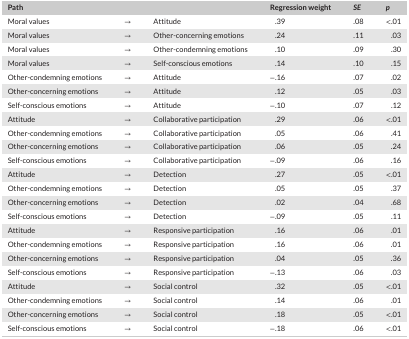
<table><thead><tr><td><b>Path</b></td><td></td><td></td><td><b>Regression weight</b></td><td><b><i>SE</i></b></td><td><b><i>p</i></b></td></tr></thead><tbody><tr><td>Moral values</td><td>→</td><td>Attitude</td><td>.39</td><td>.08</td><td>&lt;.01</td></tr><tr><td>Moral values</td><td>→</td><td>Other‐concerning emotions</td><td>.24</td><td>.11</td><td>.03</td></tr><tr><td>Moral values</td><td>→</td><td>Other‐condemning emotions</td><td>.10</td><td>.09</td><td>.30</td></tr><tr><td>Moral values</td><td>→</td><td>Self‐conscious emotions</td><td>.14</td><td>.10</td><td>.15</td></tr><tr><td>Other‐condemning emotions</td><td>→</td><td>Attitude</td><td>−.16</td><td>.07</td><td>.02</td></tr><tr><td>Other‐concerning emotions</td><td>→</td><td>Attitude</td><td>.12</td><td>.05</td><td>.03</td></tr><tr><td>Self‐conscious emotions</td><td>→</td><td>Attitude</td><td>−.10</td><td>.07</td><td>.12</td></tr><tr><td>Attitude</td><td>→</td><td>Collaborative participation</td><td>.29</td><td>.06</td><td>&lt;.01</td></tr><tr><td>Other‐condemning emotions</td><td>→</td><td>Collaborative participation</td><td>.05</td><td>.06</td><td>.41</td></tr><tr><td>Other‐concerning emotions</td><td>→</td><td>Collaborative participation</td><td>.06</td><td>.05</td><td>.24</td></tr><tr><td>Self‐conscious emotions</td><td>→</td><td>Collaborative participation</td><td>−.09</td><td>.06</td><td>.16</td></tr><tr><td>Attitude</td><td>→</td><td>Detection</td><td>.27</td><td>.05</td><td>&lt;.01</td></tr><tr><td>Other‐condemning emotions</td><td>→</td><td>Detection</td><td>.05</td><td>.05</td><td>.37</td></tr><tr><td>Other‐concerning emotions</td><td>→</td><td>Detection</td><td>.02</td><td>.04</td><td>.68</td></tr><tr><td>Self‐conscious emotions</td><td>→</td><td>Detection</td><td>−.09</td><td>.05</td><td>.11</td></tr><tr><td>Attitude</td><td>→</td><td>Responsive participation</td><td>.16</td><td>.06</td><td>.01</td></tr><tr><td>Other‐condemning emotions</td><td>→</td><td>Responsive participation</td><td>.16</td><td>.06</td><td>.01</td></tr><tr><td>Other‐concerning emotions</td><td>→</td><td>Responsive participation</td><td>.04</td><td>.05</td><td>.36</td></tr><tr><td>Self‐conscious emotions</td><td>→</td><td>Responsive participation</td><td>−.13</td><td>.06</td><td>.03</td></tr><tr><td>Attitude</td><td>→</td><td>Social control</td><td>.32</td><td>.05</td><td>&lt;.01</td></tr><tr><td>Other‐condemning emotions</td><td>→</td><td>Social control</td><td>.14</td><td>.06</td><td>.01</td></tr><tr><td>Other‐concerning emotions</td><td>→</td><td>Social control</td><td>.18</td><td>.05</td><td>&lt;.01</td></tr><tr><td>Self‐conscious emotions</td><td>→</td><td>Social control</td><td>−.18</td><td>.06</td><td>&lt;.01</td></tr></tbody></table>